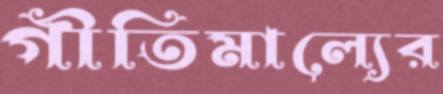
গীতিমাল্যের